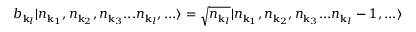
b _ { { \mathbf { k } } _ { l } } | n _ { { \mathbf { k } } _ { 1 } } , n _ { { \mathbf { k } } _ { 2 } } , n _ { { \mathbf { k } } _ { 3 } } . . . n _ { { \mathbf { k } } _ { l } } , . . . \rangle = { \sqrt { n _ { { \mathbf { k } } _ { l } } } } | n _ { { \mathbf { k } } _ { 1 } } , n _ { { \mathbf { k } } _ { 2 } } , n _ { { \mathbf { k } } _ { 3 } } . . . n _ { { \mathbf { k } } _ { l } } - 1 , . . . \rangle